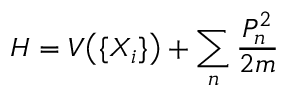
H = V { \bigl ( } \{ X _ { i } \} { \bigr ) } + \sum _ { n } { \frac { P _ { n } ^ { 2 } } { 2 m } }